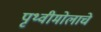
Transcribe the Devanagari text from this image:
पृथ्वीमोलाचे